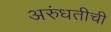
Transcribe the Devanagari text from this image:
अरुंधतीची